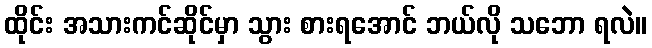
ထိုင်း အသားကင်ဆိုင်မှာ သွား စားရအောင် ဘယ်လို သဘော ရလဲ။